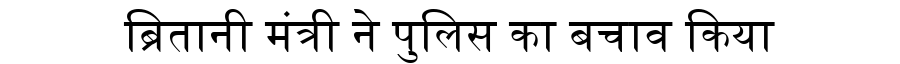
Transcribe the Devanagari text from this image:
ब्रितानी मंत्री ने पुलिस का बचाव किया